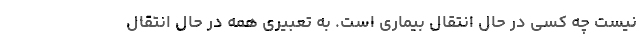
نیست چه کسی در حال انتقال بیماری است. به تعبیری همه در حال انتقال